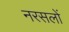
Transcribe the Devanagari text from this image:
नरसलों